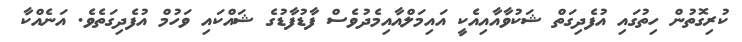
ކުރިގޮތުން ހިތުގައި އުފެދިގަތް ޝަކުވާއާއިއެކީ އައިމަލްއާއިމެދުވެސް ފާޑުފާޑުގެ ޝައްކައި ވަހުމް އުފެދިގަތެވެ. އަނެއްކާ